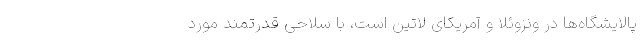
پالایشگاه‌ها در ونزوئلا و آمریکای لاتین است، با سلاحی قدرتمند مورد